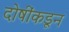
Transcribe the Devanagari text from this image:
दोषींकडून